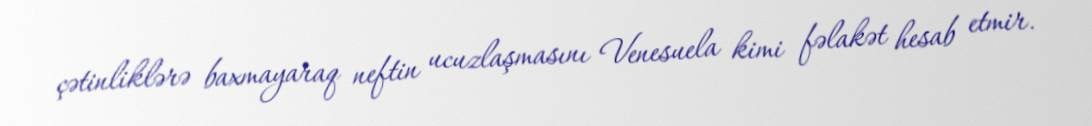
çətinliklərə baxmayaraq neftin ucuzlaşmasını Venesuela kimi fəlakət hesab etmir.